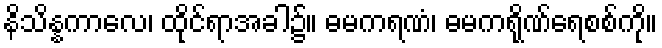
နိသိန္နကာလေ၊ ထိုင်ရာအခါ၌။ ဓမကရဏံ၊ ဓမကရိုဏ်ရေစစ်ကို။